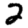
Digit: 2